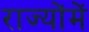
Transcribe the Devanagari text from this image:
राज्योंमें